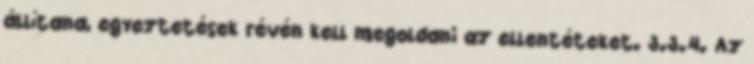
állítana, egyeztetések révén kell megoldani az ellentéteket. 3.3.4. Az